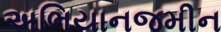
અભિયાનજમીન